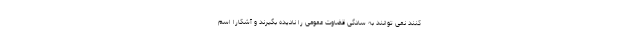
کنند نمی توانند به سادگی قضاوت عمومی را نادیده بگیرند و آشکارا اسم